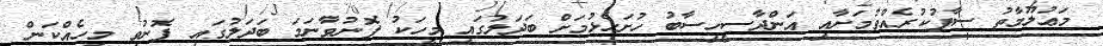
މަޢުލޫމާތު ސާފުކުރެއްވުމަށާއި އަންދާސީހިސާބު ހުށަހެޅުމަށް ބަދަލުގައި މީހަކު ފޮނުވާނަމަ ބަދަލުގައި ފޮނުވި މީހެއްކަން